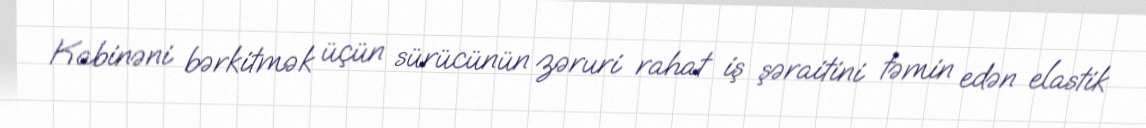
Kabinəni bərkitmək üçün sürücünün zəruri rahat iş şəraitini təmin edən elastik